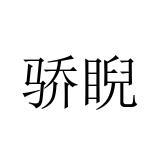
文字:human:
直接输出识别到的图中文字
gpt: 骄睨